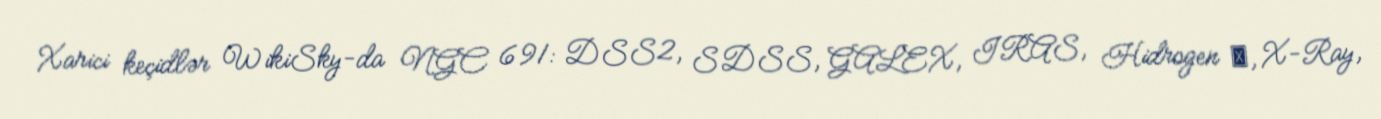
Xarici keçidlər WikiSky-da NGC 691: DSS2, SDSS, GALEX, IRAS, Hidrogen α, X-Ray,